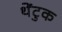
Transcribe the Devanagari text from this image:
थेंटुक